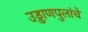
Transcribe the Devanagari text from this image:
उड्डाणपुलांचे